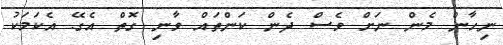
ނިހާން މެން ނަށް ވެސް ދެން ކަންތައް ވާނި ގޮތް އެގޭ. އެކަމަކު